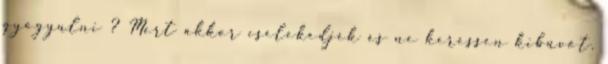
gyógyulni ? Mert akkor cselekedjék és ne keressen kibúvót.